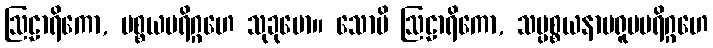
ဩဠာရိကော, ပစ္စယပရိဂ္ဂဟေ သုခုမော။ သောပိ ဩဠာရိကော, သပ္ပစ္စယနာမရူပပရိဂ္ဂဟေ